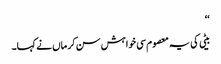
‘‘
بیٹی کی یہ معصوم سی خواہش سن کر ماں نے کہا۔